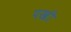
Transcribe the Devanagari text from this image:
पखी